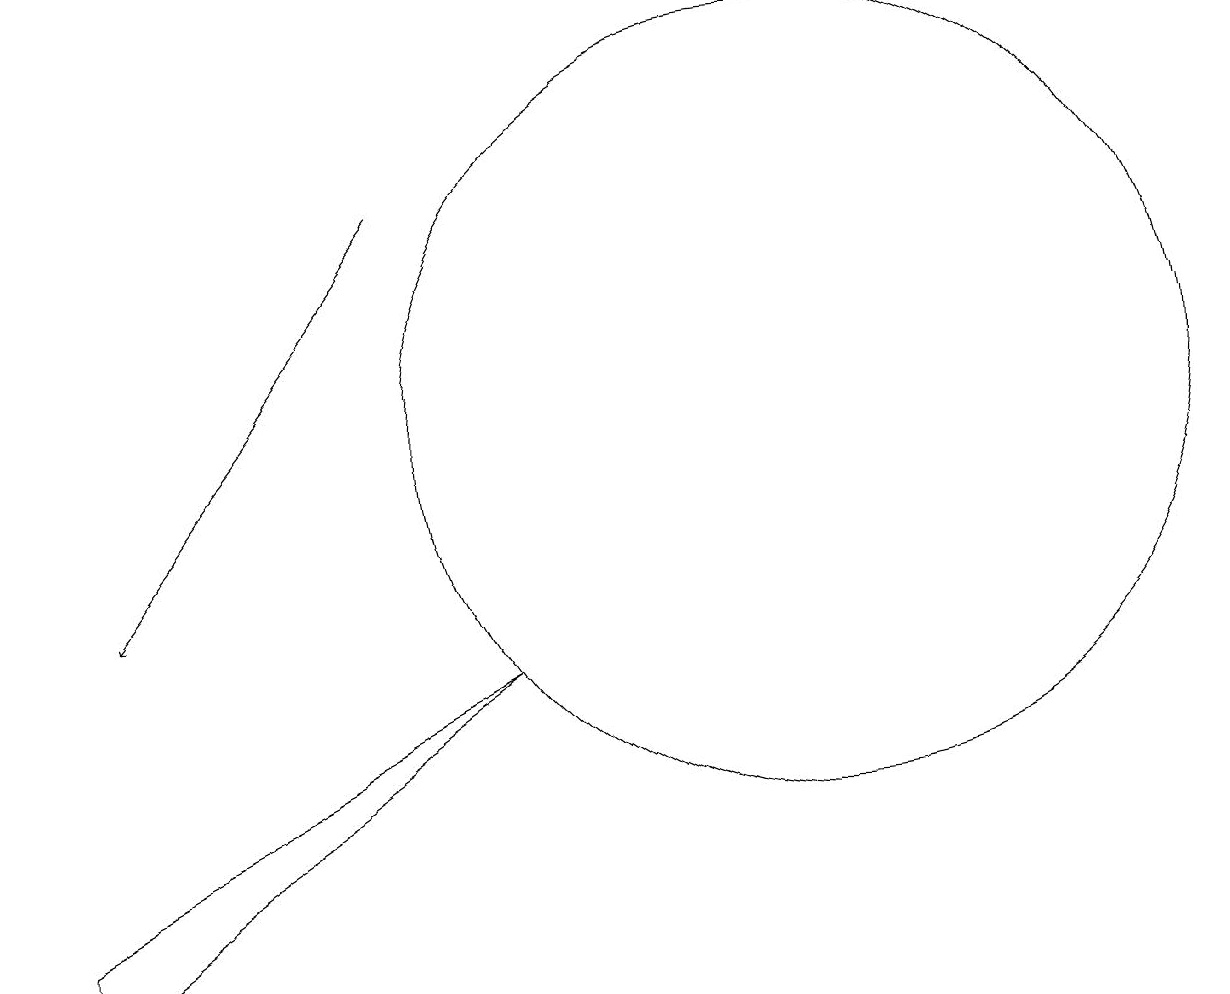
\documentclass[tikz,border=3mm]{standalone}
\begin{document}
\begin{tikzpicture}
\draw (7,9) -- (1,6) -- (1,5) -- cycle;
\draw[->] (6,15) -- (2,10);
\draw (11,12) circle (5);
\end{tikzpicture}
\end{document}